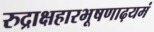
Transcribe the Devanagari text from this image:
रुद्राक्षहारभूषणाढ़यमं